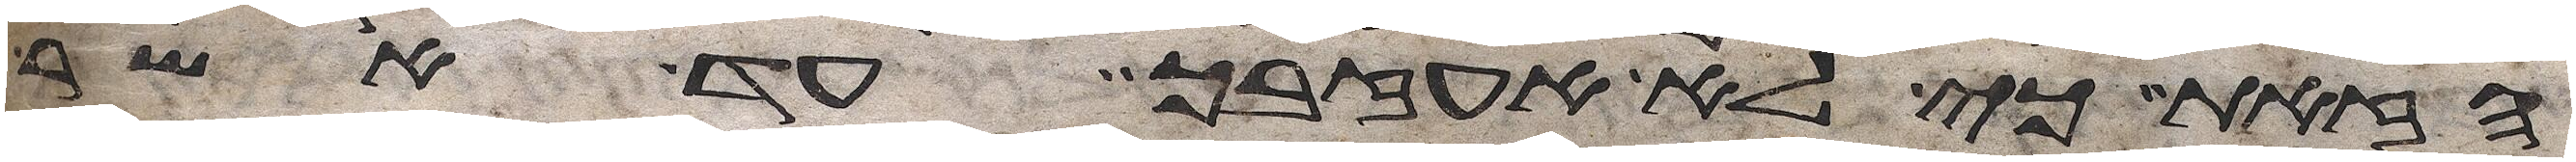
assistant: הזאת כי לא אעזבך עד אשר